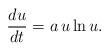
LaTeX: \begin{align*}\frac{d u}{d t}=a\,u\ln u.\end{align*}